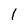
Character: 1